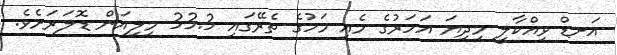
އަށޑް ވިއްކާލީ މިދިޔަ އަހަރުގެ މެއި މަހުގެ ތެރޭގައި 33.3 މިލިއަން ޑޮލަރަށެވެ.